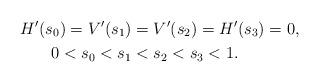
LaTeX: \begin{align*}H'(s_0)= V'(s_1) & =V'(s_2)=H'(s_3)=0, \\0<s_0<s_1 & <s_2<s_3<1.\end{align*}